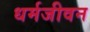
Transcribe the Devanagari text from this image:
धर्मजीवन